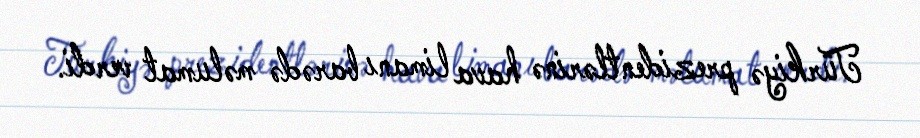
Türkiyə prezidentlərinə hava limanı barədə məlumat verdi.